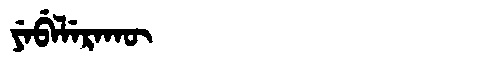
Manchu: ᠶᡝᠪᡝᠯᡝᡵᠠᡴᡡ
Romanization: YEBELERAKŪ